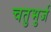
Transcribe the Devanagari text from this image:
चतुभुर्ज